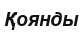
Қоянды